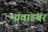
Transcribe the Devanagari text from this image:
भावाडंबर